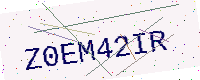
Text: Z0EM42IR